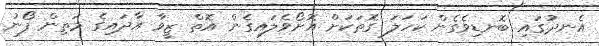
އެނދުގައި ބޮނޑިވެގެން ކަހަލަ ގޮތަކަށް އޮށޯވެލައިގެން އޮތް ޒީވާ އާދައިގެ މަތިން ފޯނު